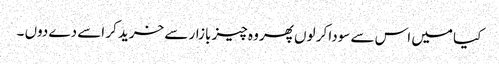
کیا میں اس سے سودا کر لوں پھر وہ چیز بازار سے خرید کر اسے دے دوں ۔